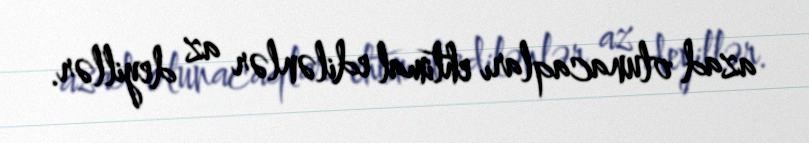
azad olunacaqları ehtimal edilənlər az deyillər.